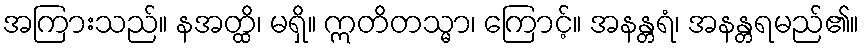
အကြားသည်။ နအတ္ထိ၊ မရှိ။ ဣတိတသ္မာ၊ ကြောင့်။ အနန္တရံ၊ အနန္တရမည်၏။